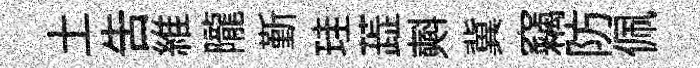
土告維隴斳珪蕋𣂏冀竊防佩